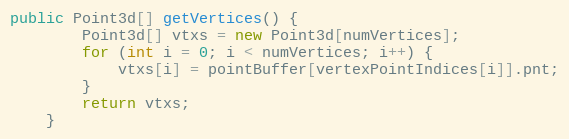
Language: Java
public Point3d[] getVertices() {
        Point3d[] vtxs = new Point3d[numVertices];
        for (int i = 0; i < numVertices; i++) {
            vtxs[i] = pointBuffer[vertexPointIndices[i]].pnt;
        }
        return vtxs;
    }